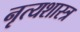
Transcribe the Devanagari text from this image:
नृत्‍यशास्‍त्र